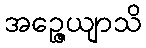
အဉ္ဇေယျာသိ